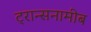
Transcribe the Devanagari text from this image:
ट्रान्सनामीब